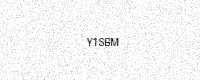
Text: Y1SBM